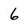
Character: 6